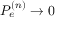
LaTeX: P _ { e } ^ { ( n ) } \rightarrow 0